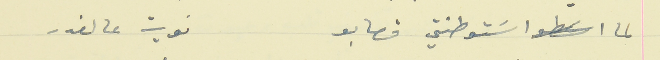
لما اسَتوطنتي قصابو                                       نويت عالغدر